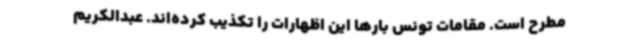
مطرح است. مقامات تونس بارها این اظهارات را تکذیب کرده‌اند. عبدالکریم